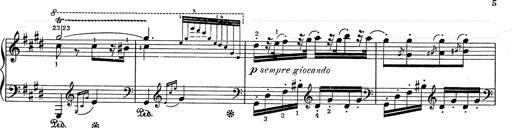
Title: Hungarian Rhapsody No.2
Composer: Franz Liszt
Key: C-sharp minor